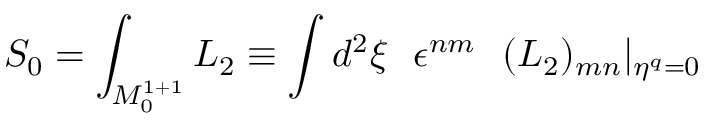
S _ { 0 } = \int _ { { \cal M } _ { 0 } ^ { 1 + 1 } } { \cal L } _ { 2 } \equiv \int d ^ { 2 } \xi ~ ~ \epsilon ^ { n m } ~ ~ ( { \cal L } _ { 2 } ) _ { m n } \vert _ { \eta ^ { q } = 0 }